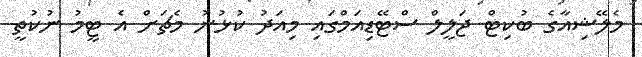
މެލޭޝިއާގެ ބުކިޓް ޖަލީލް ސްޓޭޑިއަމްގައި މިއަދު ކުޅުނު މެޗަށް އެ ޓީމު ނުކުތީ